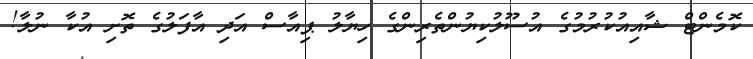
ކޮމެންޓް ޝާއިއުކުރުމުގެ އުސޫލުކިޔުންތެރިންގެ ހިޔާލު ޕިއާސް އަދި އާފަލުގެ ތޮށި އުކާ ނުލާ!